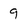
Character: 9